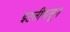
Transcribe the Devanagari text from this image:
इटलीपासून